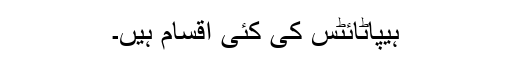
ہیپاٹائٹس کی کئی اقسام ہیں۔